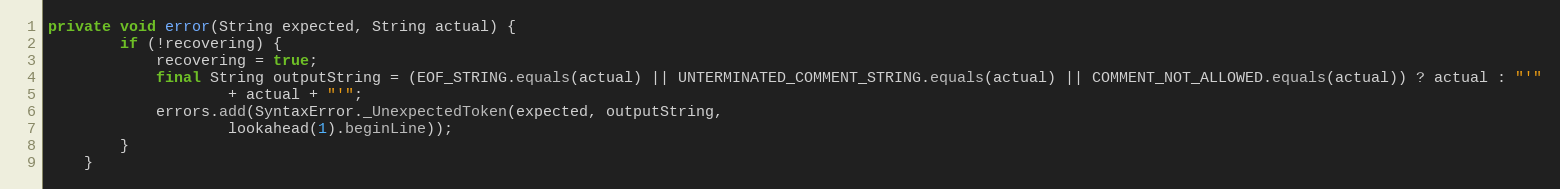
Language: Java
private void error(String expected, String actual) {
        if (!recovering) {
            recovering = true;
            final String outputString = (EOF_STRING.equals(actual) || UNTERMINATED_COMMENT_STRING.equals(actual) || COMMENT_NOT_ALLOWED.equals(actual)) ? actual : "'"
                    + actual + "'";
            errors.add(SyntaxError._UnexpectedToken(expected, outputString,
                    lookahead(1).beginLine));
        }
    }